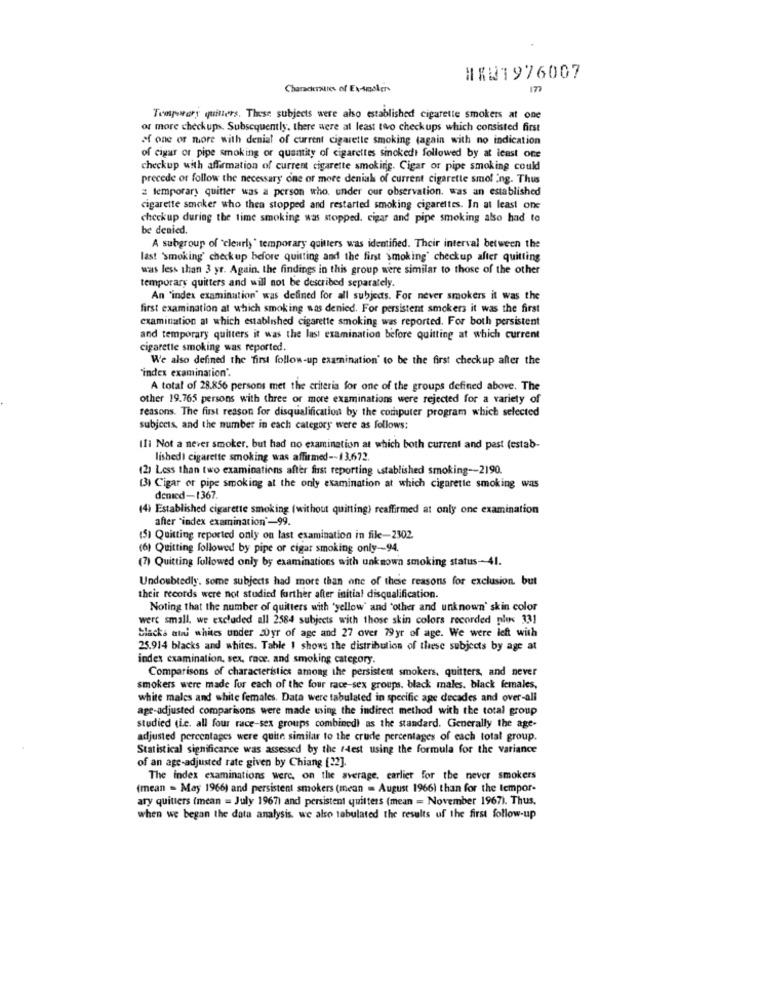
#X01976007
Charaderunes of Ex-smokers
17
Temporary quilters. These subjects were also established cigarette smokers at one
or more checkups. Subsequently, there were at least two checkups which consisted first
of one or more with denial of current cigarette smoking (again with no indication
of cigar or pipe smoking or quantity of cigarettes sinckedt followed by at least one
checkup with affirmation of current cigarette smoking. Cigar or pipe smoking could
precede of follow the necessary one of more denial of current cigarette smol ing. Thus
2 temporary quitter was a person who. under our observation, was an established
cigarette smoker who then stopped and restarted smoking cigarettes. In at least one
checkup during the time smoking was stopped. cigar and pipe smoking also had to
be denied.
A subgroup of "cleurly " temporary quitters was identified. Their interval between the
last 'smoking' checkup before quitting and the first smoking" checkup after quitting
was less than 3 yr. Again. the findings in this group were similar to those of the other
temporary quitters and will not be described separately.
An "index examination' was defined for all subjects. For never smokers it was the
first examination at which smoking was denied. For persistent smokers it was the first
examination at which established cigarette smoking was reported. For both persistent
and temporary quilters it was the last examination before quitting at which current
cigarette smoking was reported.
We also defined the first follow-up examination' to be the first checkup after the
"index examination".
A total of 28.856 persons met the criteria for one of the groups defined above. The
other 19.765 persons with three or more examinations were rejected for a variety of
reasons. The first reason for disqualification by the computer program which selected
subjects, and the number in each category were as follows:
Ili Not a never smoker, but had no examination at which both current and past (estab-
lished) cigarette smoking was affirmed -- 13.672.
(2) Less than two examinations after first reporting established smoking -- 2190.
(3) Cigar or pipe smoking at the only examination at which cigarette smoking was
denied-1367.
(4) Established cigarette smoking (without quitting) reaffirmed at only one examination
after "index examination'-99.
(5) Quitting reported only on last examination in file-2302.
(6) Quitting followed by pipe or cigar smoking only -- 94.
(7) Quitting followed only by examinations with unknown smoking status-41.
Undoubtedly, some subjects had more than one of these reasons for exclusion, but
their records were not studied further after initial disqualification.
Noting that the number of quitters with 'yellow' and 'other and unknown' skin color
were small, we excluded all 2584 subjects with those skin colors recorded plus 331
blacks ati whites under 20yr of age and 27 over 79yr of age. We were left with
25.914 blacks and whites. Table 1 shows the distribution of these subjects by age at
index examination, sex, race, and smoking category.
Comparisons of characteristics among the persistent smokers, quitters, and never
smokers were made for each of the four race-sex groups. black males. black females,
white males and white females. Data were tabulated in specific ape decades and over-all
age-adjusted comparisons were made using the indirect method with the total group
studied (ie. all four race-sex groups combined) as the standard. Generally the age-
adjusted percentages were quite similar to the crude percentages of each total group.
Statistical significance was assessed by the #4est using the formula for the variance
of an age-adjusted rate given by Chiang [22].
The index examinations were, on the average, earlier for the never smokers
(mean - May 1966) and persistent smokers (mean = August 1966) than for the tempor-
ary quiuters (mean = July 1967) and persistent quitters (mean = November 1967). Thus,
when we began the data analysis, we also tabulated the results of the first follow-up